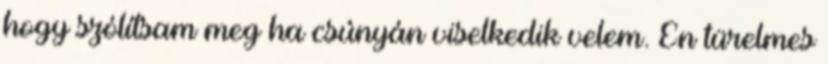
hogy szólítsam meg ha csúnyán viselkedik velem. Én türelmes